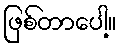
ဖြစ်တာပေါ့။